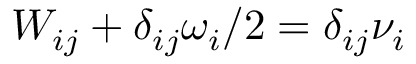
{ W } _ { i j } + \delta _ { i j } \omega _ { i } / 2 = \delta _ { i j } \nu _ { i }